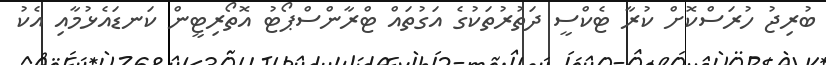
ބުރިޖު ހުރަސްކޮށް ކުރާ ޓެކްސީ ދަތުރުތަކުގެ އަގުތައް ޓްރާންސްޕޯޓު އޮތޯރިޓީން ކަނޑައެޅުމާއި އެކު